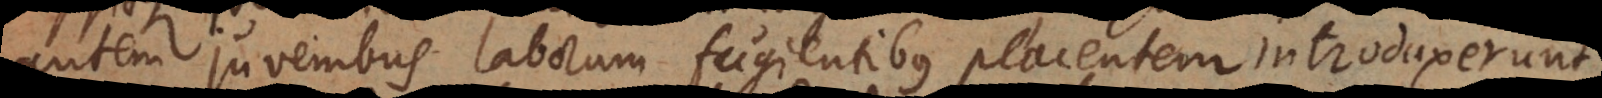
autem juvenibus laborem fugientibus placentem introduxerunt.